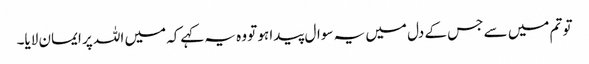
تو تم میں سے جس کے دل میں یہ سوال پیدا ہو تو وہ یہ کہےکہ میں اللہ پر ایمان لایا۔